Civil Veterinary Dept. Assam report 1927-50 - 1927-1950
Year: 1927
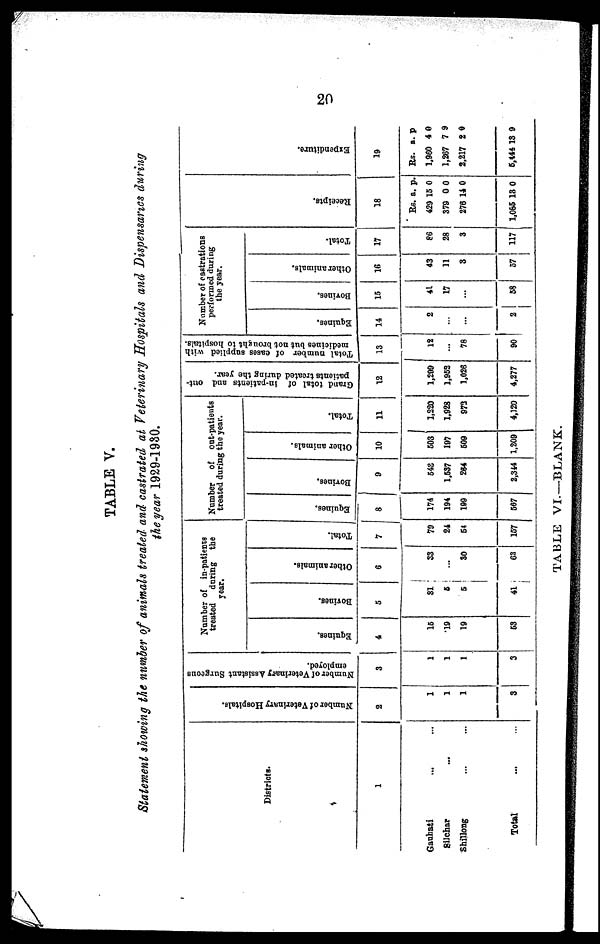
20
TABLE V.
Statement showing the number of animals treated and castrated at Veterinary Hospitals and Dispensaries during
the year 1929-1930.
Districts.
1
Gauhati ... ...
Silchar ...
Shillong ... ...
Total ... ...
Number of Veterinary Hospitals.
2
1
1
1
3
Number of Veterinary Assistant Surgeons
employed.
3
1
1
1
3
Number of inpatients
treated during the
year.
Equines.
4
16
19
19
63
Bo vines.
5
31
6
5
41
Other animals.
6
33
...
30
63
Total.
7
79
24
64
167
Number
of out-patients
treated during the year.
Equines.
8
174
194
199
667
Bovines.
9
543
1,637
264
2,344
Other animals.
10
603
197
609
1,209
Total.
11
1,320
1,928
973
4,120
Grand total of in-patients and out-
patients treated during the year.
12
1,299
1,963
1,026
4,277
Total number of cases supplied with
medicines but not brought to hospitals.
13
12
...
78
90
Number of castrations
performed during
the year.
Equines.
14
2
...
...
2
Bovines.
15
41
17
...
68
Other animals.
16
43
11
3
57
Total.
17
86
28
3
117
Recei pt s .
18
Rs.
429
379
276
1,065
a.
15
0
14
18
p.
0
0
0
0
Expe ndi t
ur e .
19
Rs.
1,960
1,267
2,217
5,444
a.
4
7
2
13
p
0
9
0
9
TABLE VI—BLANK.